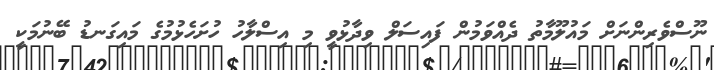
ނޫސްވެރިންނަށް މައުލޫމާތު ދެއްވަމުން ފައިސަލް ވިދާޅުވީ މި އިސްލާހު ހުށަހެޅުމުގެ މައިގަނޑު ބޭނުމަކީ